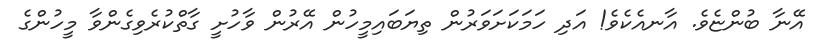
އޭނާ ބުންޏެވެ. އާނއެކެވެ! އަދި ހަމަކަށަވަރުން ތިޔަބައިމީހުން އޭރުން ވާހުށީ ގާތްކުރެވިގެންވާ މީހުންގެ